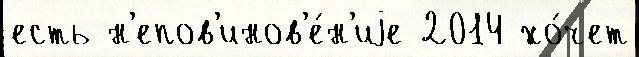
есть н'епов'инов'е́н'иjе 2014 хо́чет